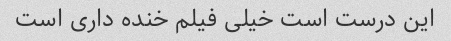
این درست است خیلی فیلم خنده داری است